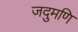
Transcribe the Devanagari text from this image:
जदुमणि